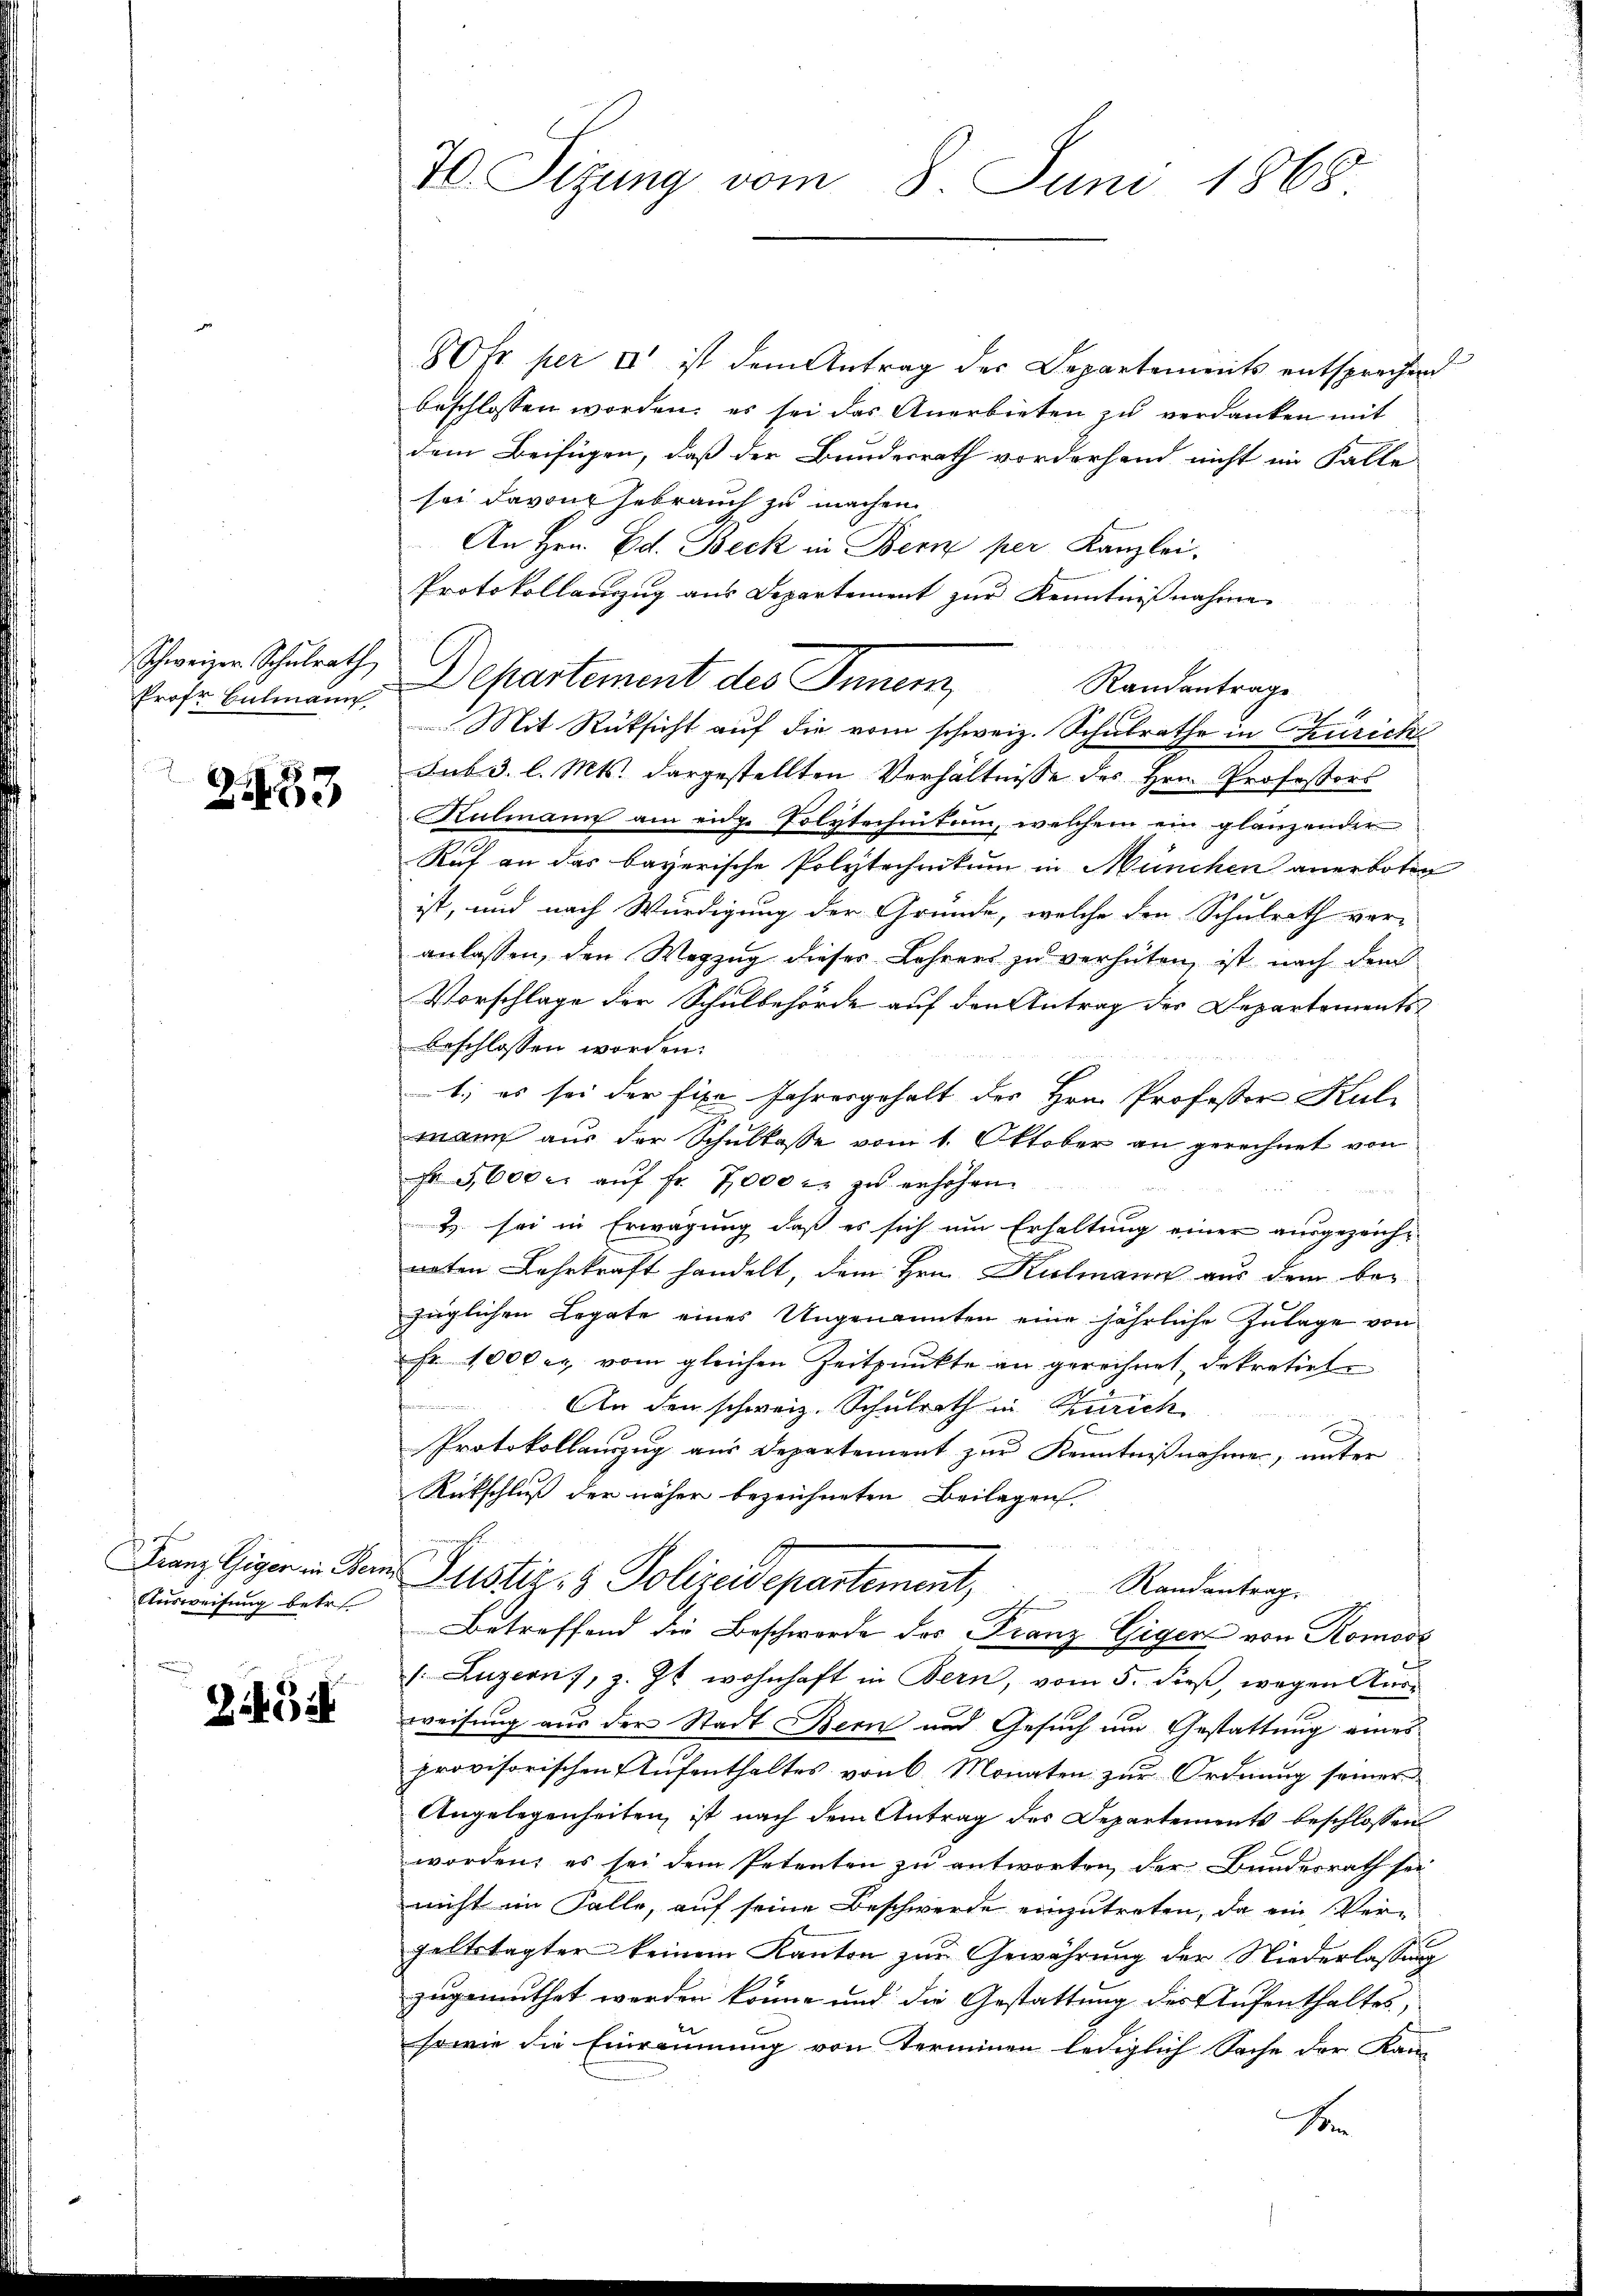
Prof. Bulmann

21433

Ausweisung betr.

21452

70. Sizung vom 8. Juni 1868

80fr. per II ist dem Antrag des Departements entsprechend
beschlossen worden; es sei das Anerbieten zu verdanken mit
dem Beifügen, daß der Bundesrath vordorfend nicht im Falle
sei davon hebrauch zu machen.
An Hrn. Ed. Beck in Bern per Kanzlei,
Protokollauszug aus Departement zur Kenntnißnahme
Schreinen Schulrath, Departement des Inner,
Randantrage
sub 3. l. Mts. dargestellten Verhältnisse des Hrn. Professors
Kulmann am eidge Polytechnitum, welchem ein glanzender
Ruf an das bayerische Polytechnikum in München anerboten
ist, und nach Würdigung der Gründe, welche den Schulrath ver-
anlassen, den Wegzŭg dieser Lehrers zu verhüten, ist nach dem
Vorschlage der Schulbehörde auf den Antrag der Departements
beschlossen worden.
1; es sei der fixe Jahresgehalt der Hrn. Professor Kul
mann aus der Schulkasse vom 1. Oktober an gerechnet von
Fr 5,600 r. aŭf fr. 7000 r. zu erhöhen.
) sei in Erwägung daß es sich um Erhaltung einer ausgezeichwetten Lehrkraft handelt, dem Hrn. Kulmann aus dem bezüglichen Legate eines Ungenannten eine jährliche Zulage von
Fr. 1000 er vom gleichen Zeitpunkte an gerechnet, dekretirt

An den schweiz. Schulrath in Zürich
Protokollauszug aus Departement zur Kenntnißnahme, unter
Rückschluß der näher bezeichneten Beilagen,
Franz Giger in den Justiz- & Polizeidepartement,
Randantrag.
I
Betreffend die Beschwerde des Franz Giger von Romoos
(Luzern, z. Zt. wohnhaft in Bern, vom 5. dieβ, wegen Aŭs-
weisung aus der Stadt Bern und Gesuch um Gestattung eines
provisorischen Aufenthaltes von 6. Monaten zur Ordnung seiner
Angelegenheiten, ist nach dem Antrag des Departements beschlossen
worden, es sei dem Petenten zu antworten, der Bundesrath sei
nicht im Falle, auf seine Beschwerde einzutreten, da ein Ver-
geltstagter keinem Kanton zur Gewährung der Niederlassung
zugemuthet werden könne und die Gestattung des Aufenthaltes,
sowie die Einräumung von Terminen lediglich Sache der Kan-
F

Mit Rücksicht auf die vom schweiz. Schulrathe in Thurich